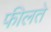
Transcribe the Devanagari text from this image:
फीलते